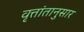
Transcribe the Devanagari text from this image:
वृत्तांतानुसार